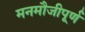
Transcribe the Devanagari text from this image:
मनमौजीपूर्ण